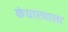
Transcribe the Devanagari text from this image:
कंधारवाला